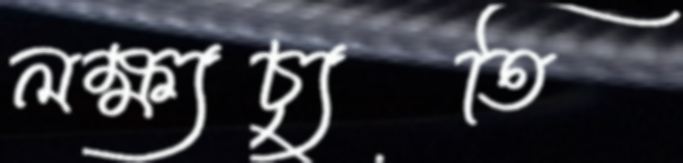
লক্ষ্যচ্যুতি